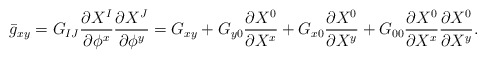
\begin{align*}\bar{g}_{xy}=G_{IJ}\frac{\partial{X^{I}}}{\partial{{\phi}^{x}}}\frac{\partial{X^{J}}}{\partial{{\phi}^{y}}}=G_{xy}+G_{y0}\frac{\partial{X^{0}}}{\partial{X^{x}}}+G_{x0}\frac{\partial{X^{0}}}{\partial{X^{y}}}+G_{00}\frac{\partial{X^{0}}}{\partial{X^{x}}}\frac{\partial{X^{0}}}{\partial{X^{y}}}.\end{align*}